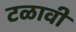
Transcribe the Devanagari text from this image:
टळावी